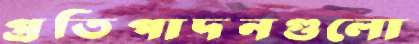
প্রতিপাদনগুলো